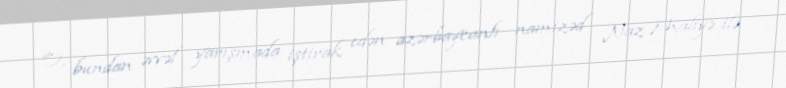
O, bundan əvvəl yarışmada iştirak edən azərbaycanlı namizəd Naz Maliyə ilə